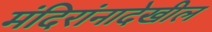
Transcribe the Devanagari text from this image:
मंदिरांनादेखील